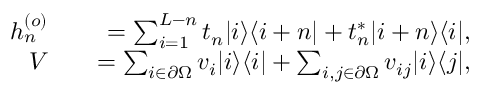
\begin{array} { r l r } { h _ { n } ^ { ( o ) } } & { { } } & { = \sum _ { i = 1 } ^ { L - n } t _ { n } | i \rangle \langle i + n | + t _ { n } ^ { \ast } | i + n \rangle \langle i | , } \\ { V } & { { } } & { = \sum _ { i \in \partial \Omega } v _ { i } | i \rangle \langle i | + \sum _ { i , j \in \partial \Omega } v _ { i j } | i \rangle \langle j | , } \end{array}